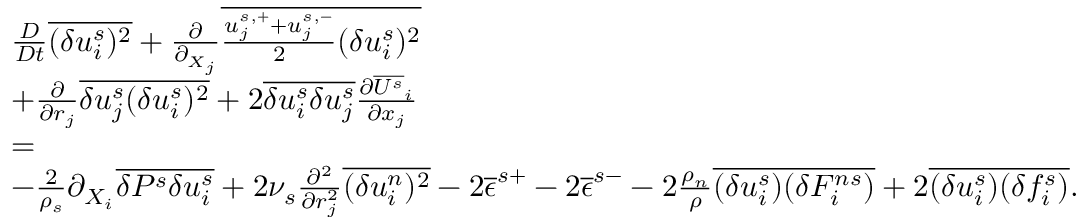
\begin{array} { r l r } & { \frac { D } { D t } \overline { { ( \delta u _ { i } ^ { s } ) ^ { 2 } } } + \frac { \partial } { \partial _ { X _ { j } } } \overline { { \frac { u _ { j } ^ { s , + } + u _ { j } ^ { s , - } } { 2 } ( \delta u _ { i } ^ { s } ) ^ { 2 } } } } & \\ & { + \frac { \partial } { \partial { r _ { j } } } \overline { { \delta u _ { j } ^ { s } ( \delta u _ { i } ^ { s } ) ^ { 2 } } } + 2 \overline { { \delta u _ { i } ^ { s } \delta u _ { j } ^ { s } } } \frac { \partial \overline { { U ^ { s } } } _ { i } } { \partial x _ { j } } } & \\ & { = } & \\ & { - \frac { 2 } { \rho _ { s } } \partial _ { X _ { i } } \overline { { \delta P ^ { s } \delta u _ { i } ^ { s } } } + 2 \nu _ { s } \frac { \partial ^ { 2 } } { \partial r _ { j } ^ { 2 } } \overline { { ( \delta u _ { i } ^ { n } ) ^ { 2 } } } - 2 \overline { { \epsilon } } ^ { s + } - 2 \overline { { \epsilon } } ^ { s - } - 2 \frac { \rho _ { n } } { \rho } \overline { { ( \delta u _ { i } ^ { s } ) ( \delta F _ { i } ^ { n s } ) } } + 2 \overline { { ( \delta u _ { i } ^ { s } ) ( \delta f _ { i } ^ { s } ) } } . } & \end{array}